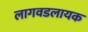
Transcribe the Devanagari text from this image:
लागवडलायक